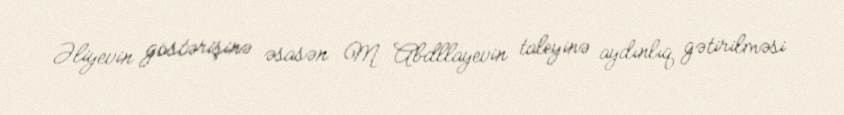
Əliyevin göstərişinə əsasən M. Abdllayevin taleyinə aydınlıq gətirilməsi